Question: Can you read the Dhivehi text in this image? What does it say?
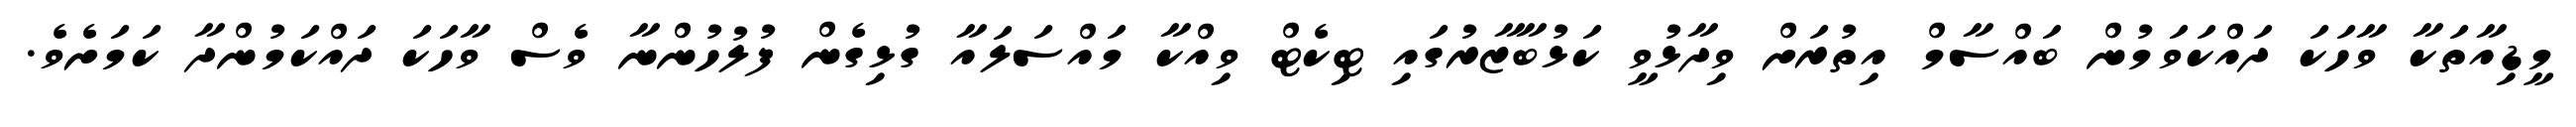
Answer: މީޑިއާތަކާ ވާހަކަ ދައްކަވަމުން ބައްސާމް އިތުރަށް ވިދާޅުވީ ކަޅުބާޒާރުގައި ޓިކެޓް ވިއްކާ މައްސަލައާ ގުޅިގެން ފުލުހުންނާ ވެސް ވާހަކަ ދައްކަމުންދާ ކަމަށެވެ.